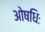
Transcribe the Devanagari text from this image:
ओषधिः